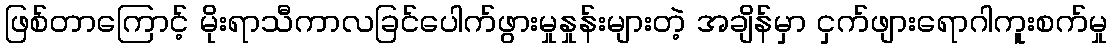
ဖြစ်တာကြောင့် မိုးရာသီကာလခြင်ပေါက်ဖွားမှုနှုန်းများတဲ့ အချိန်မှာ ငှက်ဖျားရောဂါကူးစက်မှု